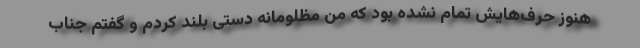
هنوز حرف‌هایش تمام نشده بود كه من مظلومانه دستی بلند كردم و گفتم جناب